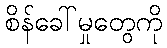
စိန်ခေါ်မှုတွေကို